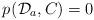
LaTeX: \begin{align*}p_{}(\mathcal{D}_a,C_{})=0\end{align*}